Indian journal of veterinary science and animal husbandry - Volume 4,
Year: 1934
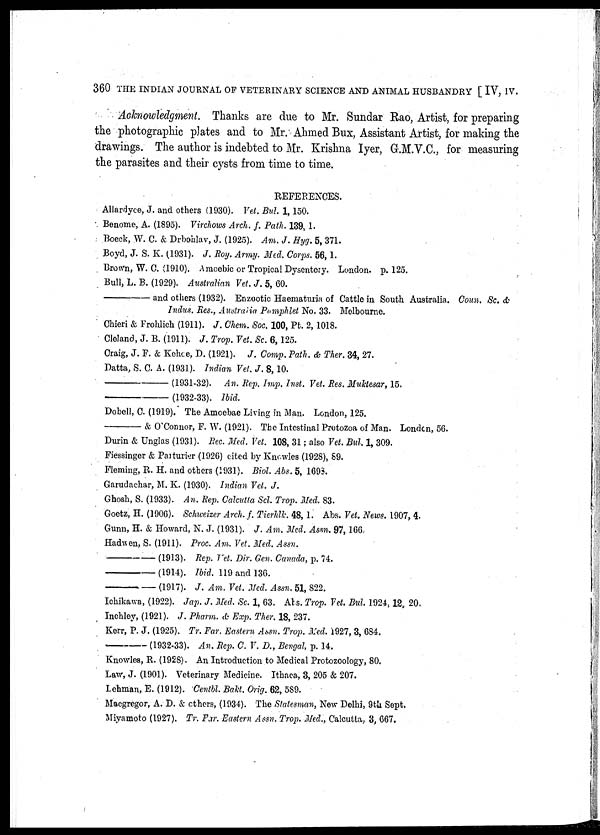
360 THE INDIAN JOURNAL OF VETERINARY SCIENCE AND ANIMAL HUSBANDRY [ IV, IV.
Acknowledgment. Thanks are due to Mr. Sundar Rao, Artist, for preparing
the photographic plates and to Mr. Ahmed Bux, Assistant Artist, for making the
drawings. The author is indebted to Mr. Krishna Iyer, G.M.V.C., for measuring
the parasites and their cysts from time to time.
REFERENCES.
Allardyce, J. and others (1930). Vet. Bul. 1, 150.
Bonome, A. (1895). Virchows Arch. f. Path. 139, 1.
Boeck, W. C. & Drbohlav, J. (1925). Am. J. Hyg. 5, 371.
Boyd, J. S. K. (1931). J. Roy. Army. Med. Corps. 56, 1.
Brown, W. C. (1910). Amoebic or Tropical Dysentery. London. p. 125.
Bull, L. B. (1929). Australian Vet. J. 5, 60.
—and
others (1932). Enzootic Haematuria of Cattle in South Australia. Coun. Sc. &
Indus. Res., Australia Pamphlet No. 33. Melbourne.
Chieri & Frohlich (1911). J. Chem. Soc. 100, Pt. 2, 1018.
Cleland, J. B. (1911). J. Trop. Vet. Sc. 6, 125.
Craig, J. F. & Kehce, D. (1921). J. Comp. Path. & Ther. 34, 27.
Datta, S. C. A. (1931). Indian Vet. J. 8, 10.
—(1931-32).
An. Rep. Imp. Inst. Vet. Res. Muktesar, 15.
—(1932-33).
Ibid.
Dobell, C. (1919). The Amoebae Living in Man. London, 125.
—&
O'Connor, F. W. (1921). The Intestinal Protozoa of Man. London, 56.
Durin & Unglas (1931). Rec. Med. Vet. 108, 31; also Vet. Bul. 1, 309.
Fiessinger & Parturier (1926) cited by Knowles (1928), 89.
Fleming, R. H. and others (1931). Biol. Abs. 5, 1698.
Garudachar, M. K. (1930). Indian Vet. J.
Ghosh, S. (1933). An. Rep. Calcutta Scl. Trop. Med. 83.
Goetz, H. (1906). Schweizer Arch. f. Tierhlk. 48, 1. Abs. Vet. News. 1907, 4.
Gunn, H. & Howard, N. J. (1931). J. Am. Med. Assn. 97, 166
Hadwen, S. (1911). Proc. Am. Vet. Med. Assn.
—(1913).
Rep. Vet. Dir. Gen. Canada, p. 74.
—(1914).
Ibid. 119 and 136.
—(1917).
J. Am. Vet. Med. Assn. 51, 822.
Ichikawa, (1922). Jap. J. Med. Sc. 1, 63. Abs. Trop. Vet. Bul 1924, 12, 20.
Inchley, (1921). J. Pharm. & Exp. Ther. 18, 237.
Kerr, P. J. (1925). Tr. Far. Eastern Assn. Trop. Med. 1927, 3, 684.
—(1932-33).
An. Rep. C. V. D., Bengal, p. 14.
Knowles, R. (1928). An Introduction to Medical Protozoology, 80.
Law, J. (1901). Veterinary Medicine. Ithaca, 3, 205 & 207.
Lehman, E. (1912). Centbl. Bakt. Orig. 62, 589.
Macgregor, A. D. & others, (1934). The Statesman, New Delhi, 9th Sept.
Miyamoto (1927). Tr. Far. Eastern Assn. Trop. Med., Calcutta, 3, 667.